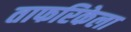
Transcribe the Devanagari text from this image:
ताफरिकेला